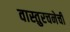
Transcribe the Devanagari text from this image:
वास्तुरचनेची